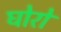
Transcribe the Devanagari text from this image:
घोरो